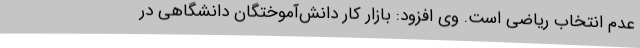
عدم انتخاب ریاضی است. وی افزود: بازار کار دانش‌آموختگان دانشگاهی در